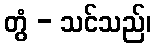
တွံ - သင်သည်၊